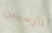
نارسيس